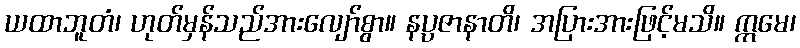
ယထာဘူတံ၊ ဟုတ်မှန်သည်အားလျော်စွာ။ နပ္ပဇာနာတိ၊ အပြားအားဖြင့်မသိ။ ဣမေ၊